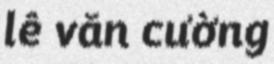
lê văn cường